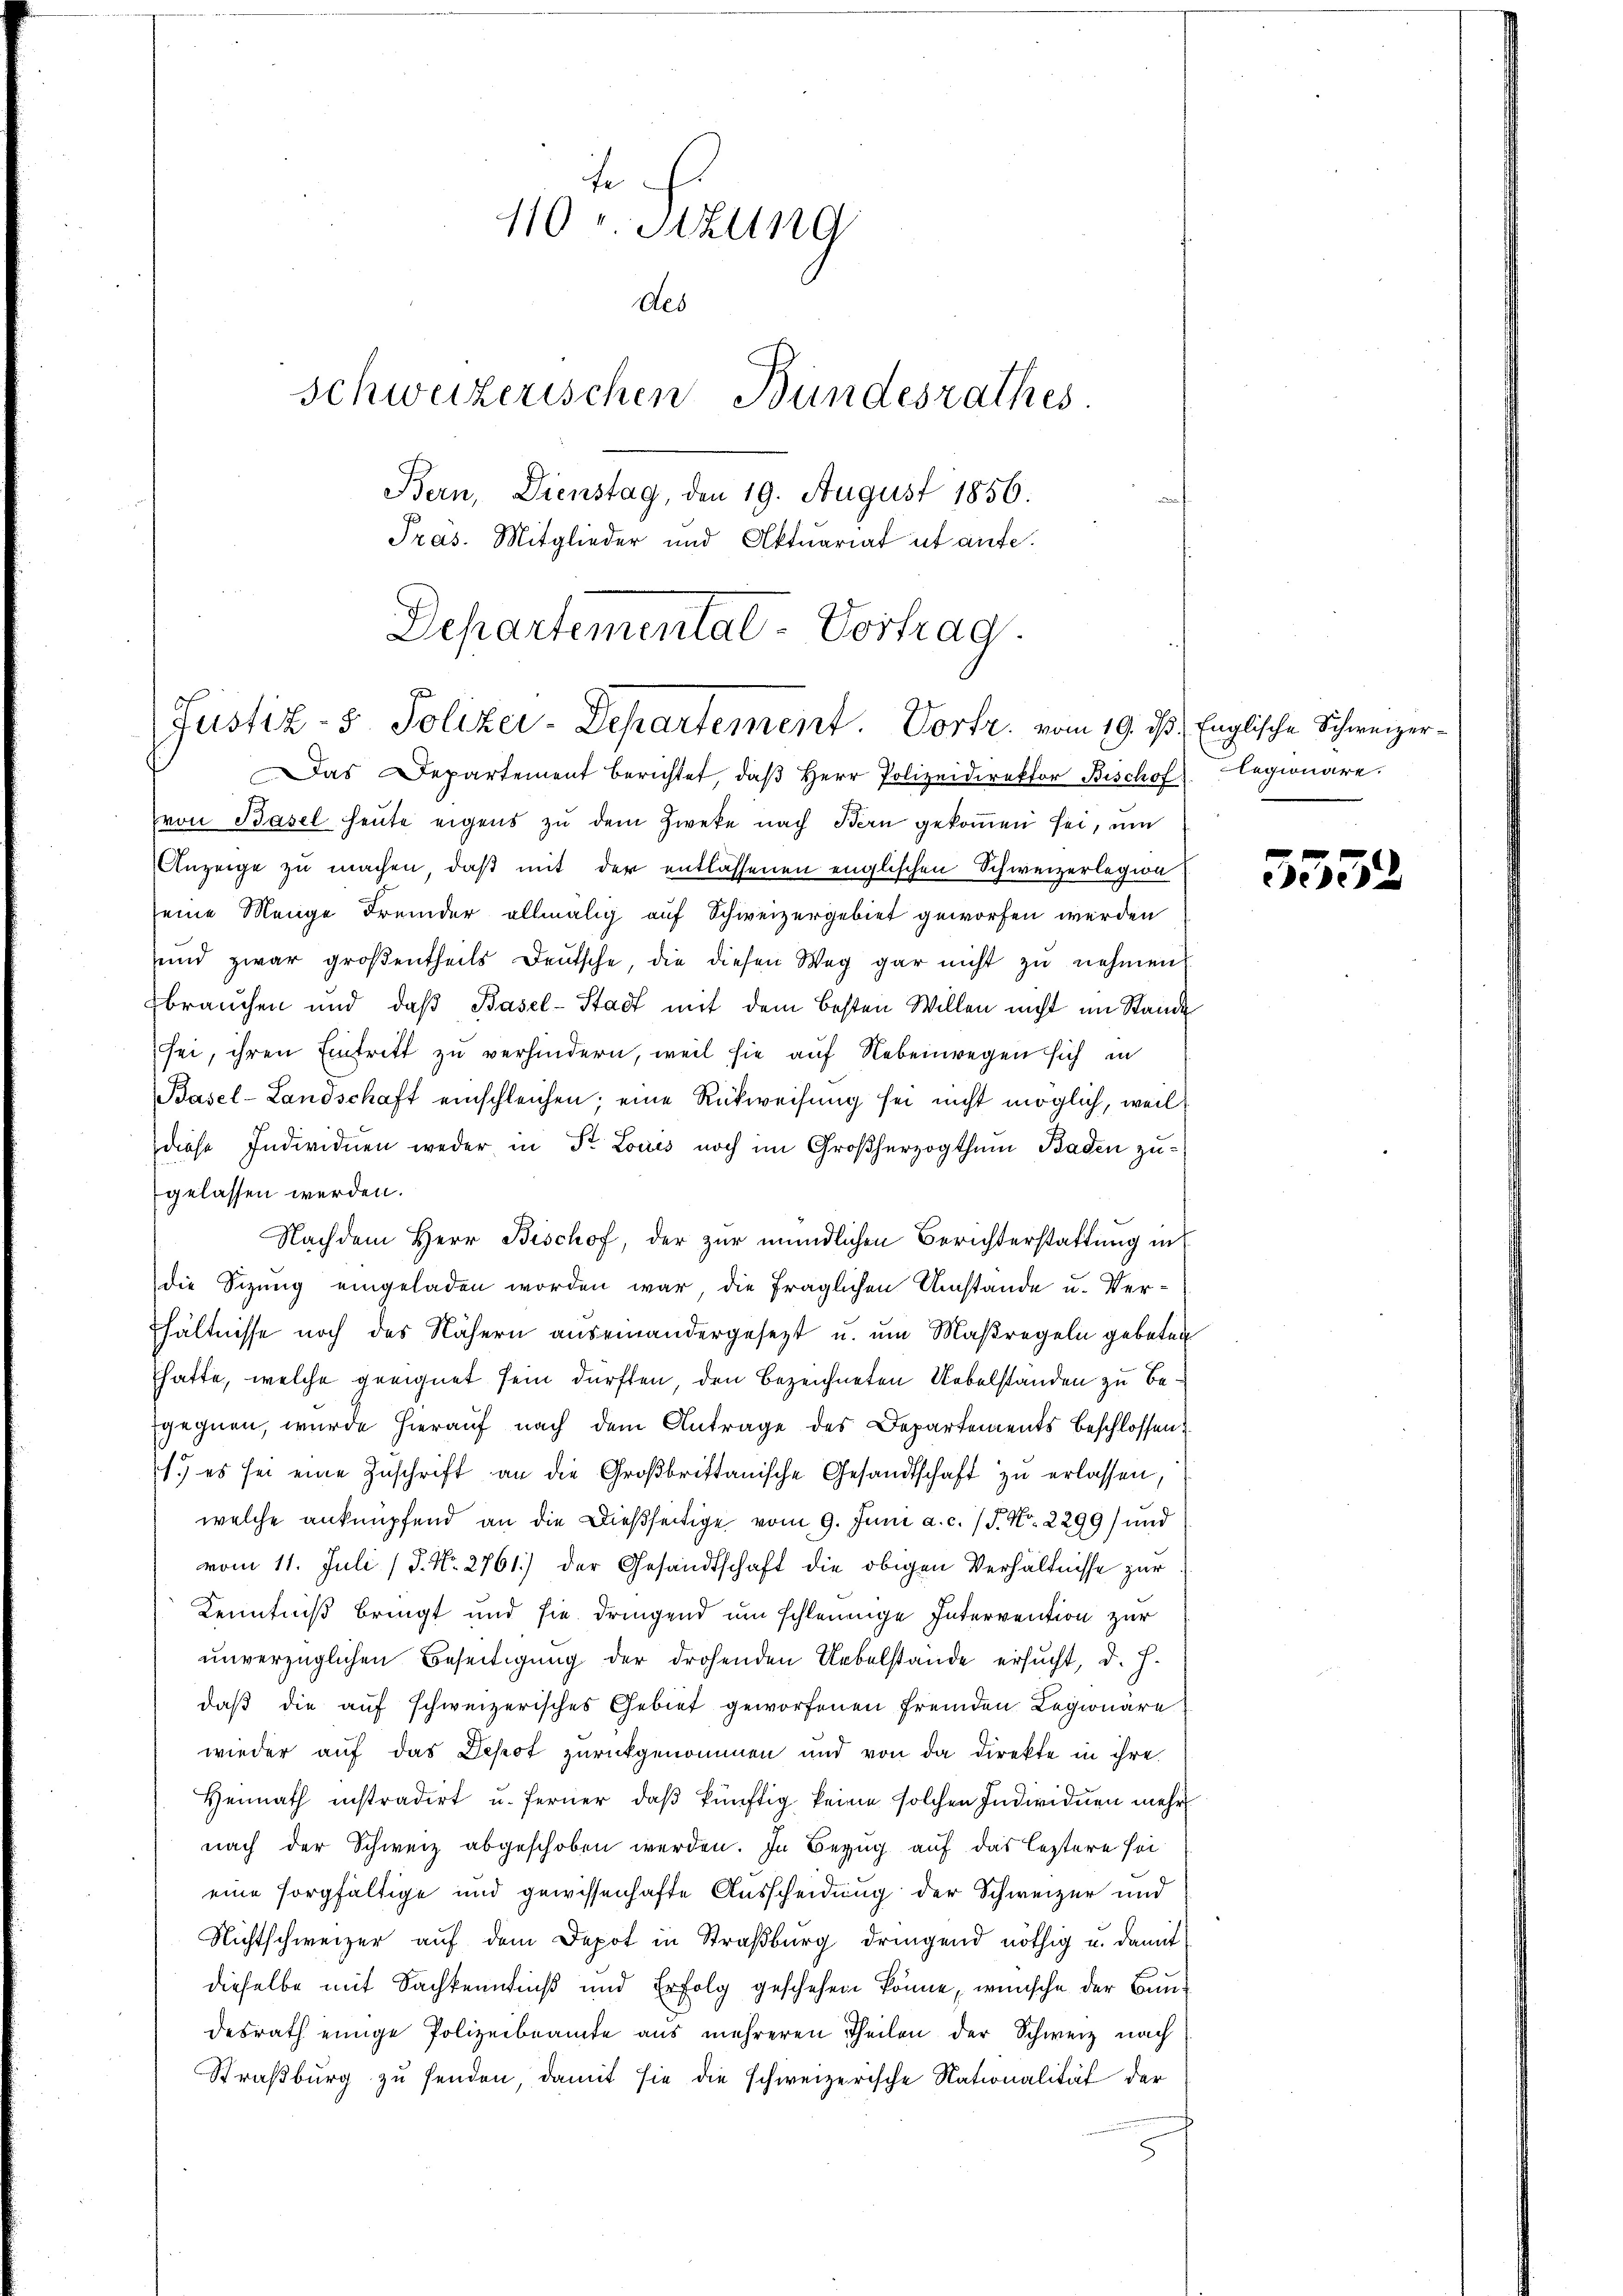
110 v. Sitzung
des
Schweizerischen Bundesrathes.
Bern, Dienstag, den 19. August 1856.
Pras. Mitglieder und Aktuariat ut aufe.
Departemental-Vortrag.

Justiz- & Polizei-Departement. Vortr. vom 19. ds.
Das Departement berichtet, daβ Herr Polizeidirektor Bischof

von Basel heute eigens zu dem Zweke nach Bern gekommen sei, un
Anzeige zu machen, daß mit der entlassenen englischen Schweizerlegion
seine Menge Fremder allmälig auf Schweizergebiet geworfen werden
und zwar groβentheils Deutsche, die diesen Weg gar nicht zŭ nehmen
brauchen und daß Basel-Stadt mit dem besten Willen nicht im Stande
sei, ihren Eintritt zu verhindern, weil sie auf Nebenwegen sich in
Basel-Landschaft einschleichen; eine Rückweisŭng sei nicht möglich, weil
diese Individuen weder in Dr. Louis noch im Großherzogthum Baden zugelassen werden.
Nachdem Herr Bischof, der zur mündlichen Berichterstattung in
die Sizung eingeladen worden war die fraglichen Umstände u. Verhältnisse noch des Nähern auseinandergesezt u. um Maßregeln gebeten
hatte, welche geeignet sein dürften den bezeichneten Uebelstanden zu begegnen, wurde hierauf nach dem Antrage des Departements beschlossen
1.) es sei eine Zuschrift an die Großbrittanische Gesandtschaft zu erlassen,
welche anknüpfend an die Dießseitige vom 9. Juni a. c. (T. No. 2299) und
vom 11. Juli (J. N. 2761) der Gesandtschaft die obigen Verhältnisse zur
Kenntniß bringt und sie dringend um schleunige Intervention zur
unverzüglichen Beseitigung der drohenden Uebelstande ersucht, d. J.
daß die auf schweizerisches Gebiet geworfenen fremden Legionäre
wieder auf das Depest zurückgenommen und von da direkte in ihre
Heimath instradirt u. ferner, daß künftig keine solchen Individuen mehr
nach der Schweiz abgeschoben werden. In Bezug auf das leztere seieine sorgfältige und gewissenhafte Ausscheidung der Schweizer und
Nichtschweizer auf dem Depot in Straßburg dringend nöthig u. damit
dieselbe mit Sachkenntniß und Erfolg geschehen könne, wünsche der Bundesrath einige Polizeibeamte aus mehreren Theilen der Schweiz nach
Straßburg zu senden, damit sie die schweizerische Nationalität der

Englische Schweizerlegionäre.

5552